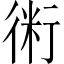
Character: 𧗱